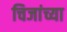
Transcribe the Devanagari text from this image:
चिजांच्या